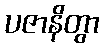
ပဇာနိတွာ